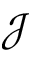
\mathcal { J }